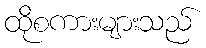
ထိုစကားများသည်